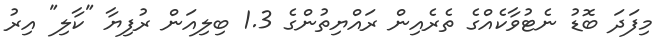
މިފަދަ ބޮޑު ނެޓުވާކެއްގެ ތެރެއިން ރައްޔިތުންގެ 1.3 ބިލިއަން ރުފިޔާ "ކާލި" އިރު